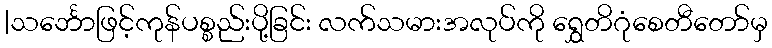
|သင်္ဘောဖြင့်ကုန်ပစ္စည်းပို့ခြင်း လက်သမားအလုပ်ကို ရွှေတိဂုံစေတီတော်မှ